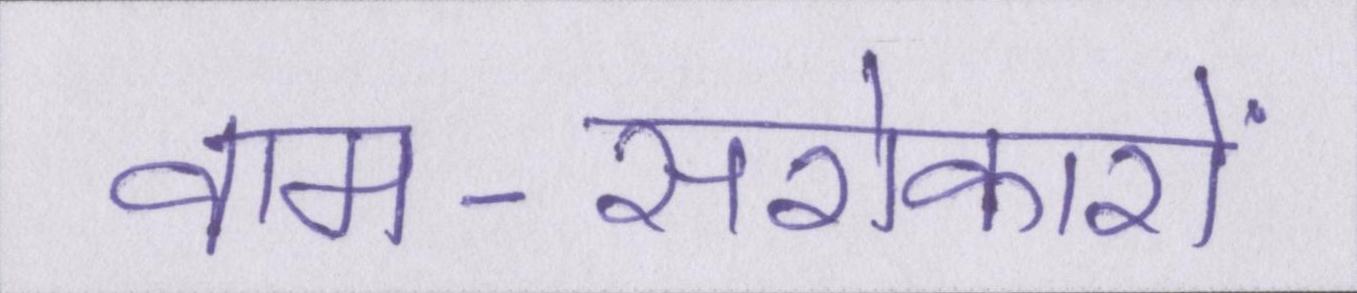
वाम-सरोकारों